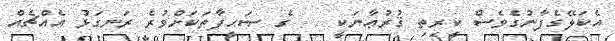
އެކަލޭގެފާނުގެވެސް ކީރިތި ޤުރުޢާނަކީ    ގެ ޞަޙީފާތަކަށްވުރެ ރަނގަޅު އެއްޗެއް